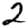
Digit: 2